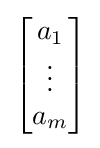
{\begin{bmatrix}a_{1}\\\vdots \\a_{m}\end{bmatrix}}